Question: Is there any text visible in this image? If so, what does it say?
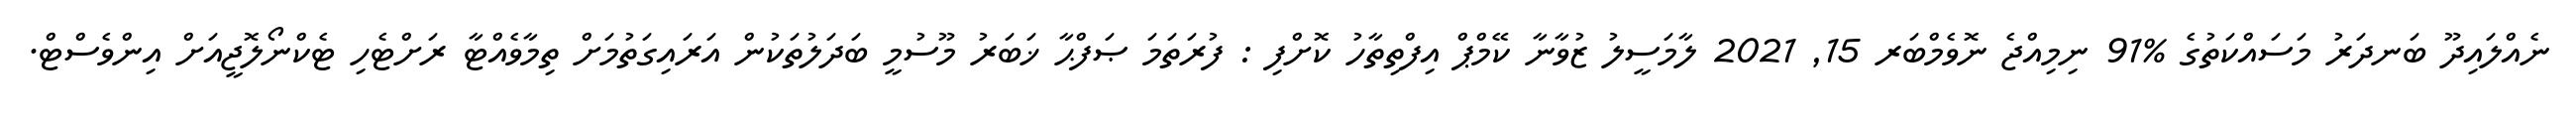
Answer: ނެއްލައިދޫ ބަނދަރު މަސައްކަތުގެ %91 ނިމިއްޖެ ނޮވެމްބަރ 15, 2021 ލާމަސީލު ޒުވާނާ ކޭމްޕް އިފްތިތާހު ކޮށްފި : ފުރަތަމަ ޞަފްޙާ ޚަބަރު މޫސުމީ ބަދަލުތަކުން އަރައިގަތުމަށް ތިމާވެއްޓާ ރަށްޓެހި ޓެކްނޯލޮޖީއަށް އިންވެސްޓް.